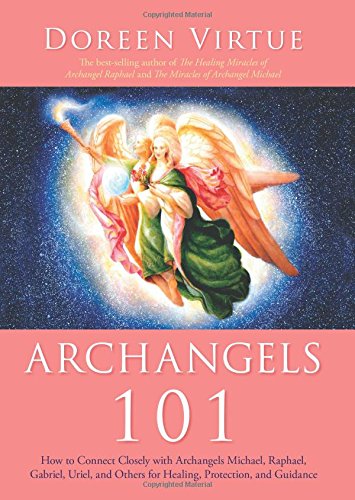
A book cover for Archangels 101: How to Connect Closely with Archangels Michael, Raphael, Gabriel, Uriel, and Others for Healing, Protection, and Guidance; Doreen Virtue; Religion & Spirituality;